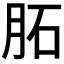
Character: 𦚈